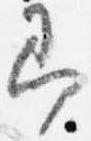
即